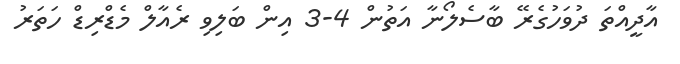
އާދީއްތަ ދުވަހުގެރޭ ބާސެލޯނާ އަތުން 4-3 އިން ބަލިވި ރެއާލް މެޑްރިޑް ހަތަރު